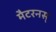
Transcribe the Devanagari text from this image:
मैटरनस्